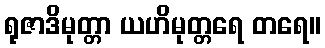
ရုဇာဒိမုတ္တာ ယဟိမုတ္တရေ တရေ။